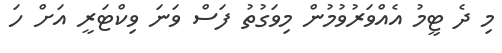
މި ދެ ޓީމު އެއްވަރުވުމުން މިވަގުތު ފަސް ވަނަ ވިކްޓަރީ އަށް ހަ